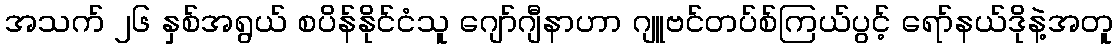
အသက် ၂၆ နှစ်အရွယ် စပိန်နိုင်ငံသူ ဂျော်ဂျီနာဟာ ဂျူဗင်တပ်စ်ကြယ်ပွင့် ရော်နယ်ဒိုနဲ့အတူ